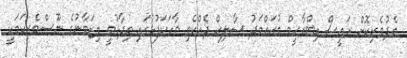
މެދުވެރިކޮށް ރައީސް އިބްރާހީމް މުޙައްމަދު ޞާލިޙް ދެއްކެވި ވާހަކަފުޅުގައި ވިދާޅުވީ މިޒަމާނުގެ ނޫސްވެރިކަމަކީ